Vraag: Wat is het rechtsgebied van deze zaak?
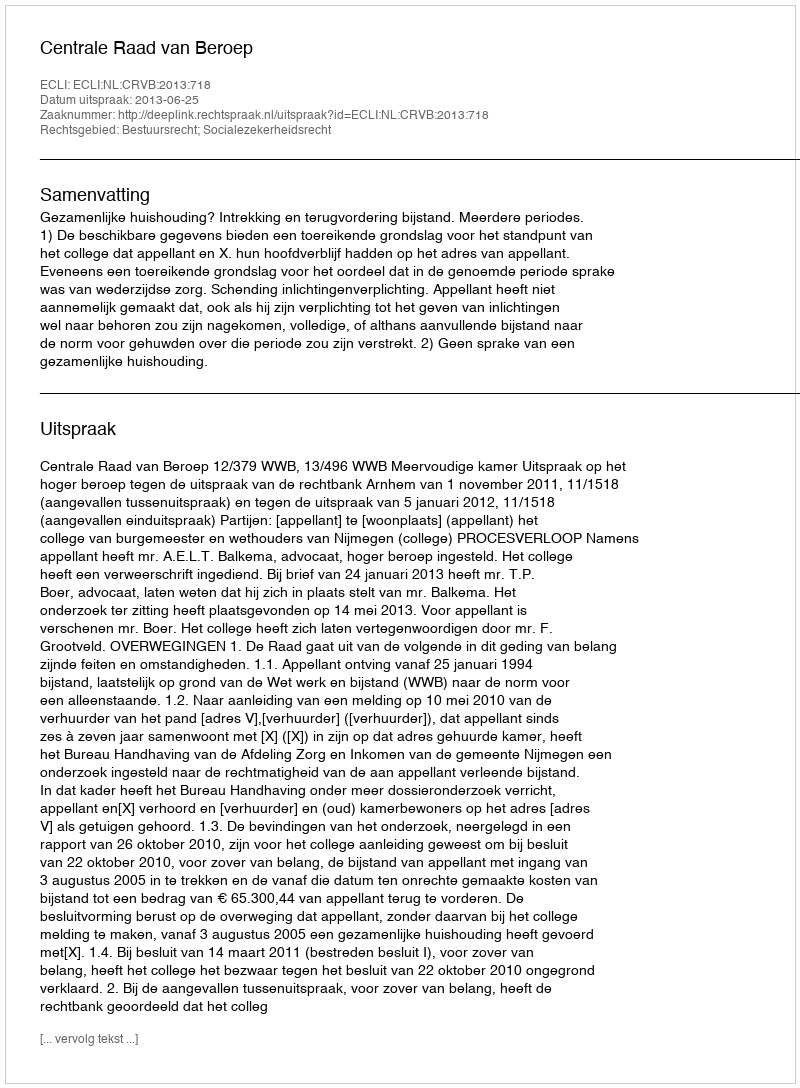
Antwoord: Bestuursrecht; Socialezekerheidsrecht